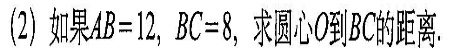
(2) 如果 $$A B = 1 2$$ ， $$B C = 8$$ ，求圆心O到BC的距离.